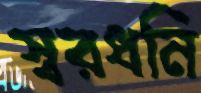
স্বরধনি